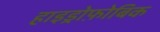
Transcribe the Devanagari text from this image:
हाइड्रोफ़ोबिक